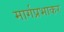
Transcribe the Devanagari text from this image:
मार्गप्रभाकर